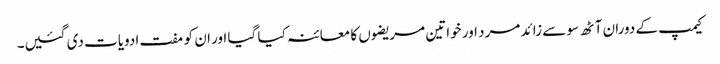
کیمپ کے دوران آٹھ سو سے زائد مرد اور خواتین مریضوں کا معائنہ کیا گیا اور ان کو مفت ادویات دی گئیں۔